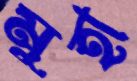
মুহা